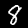
Label: 8